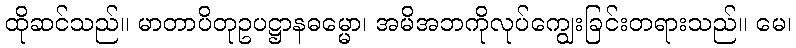
ထိုဆင်သည်။ မာတာပိတုဥပဋ္ဌာနဓမ္မော၊ အမိအဘကိုလုပ်ကျွေးခြင်းတရားသည်။ မေ၊